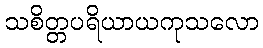
သစိတ္တပရိယာယကုသလော